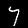
Digit: 7